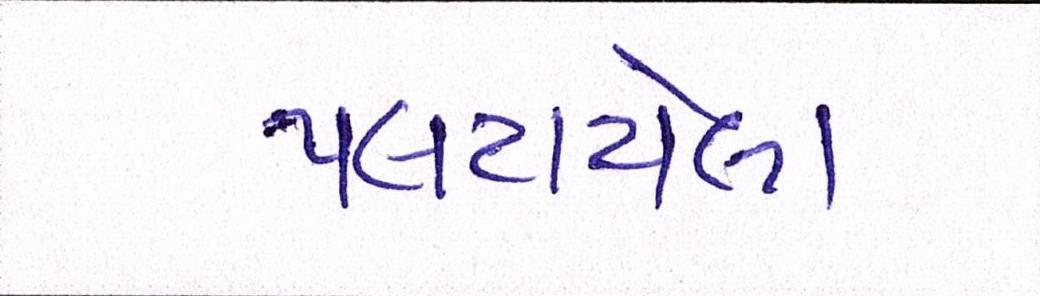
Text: પલટાયેલા